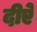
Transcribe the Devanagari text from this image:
दीऐ